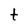
Character: t